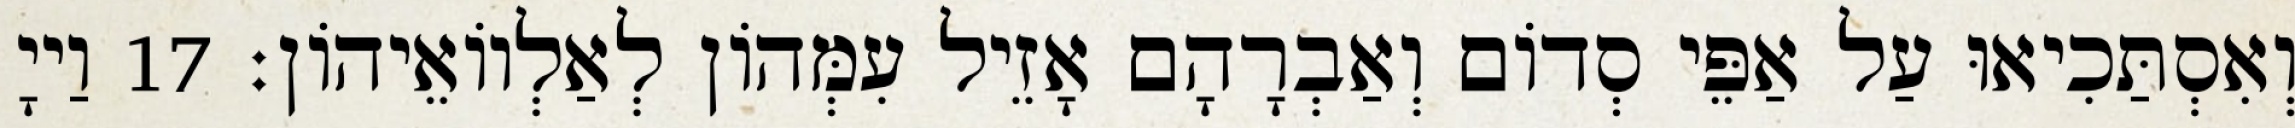
וְאִסְתַּכִיאוּ עַל אַפֵּי סְדוֹם וְאַבְרָהָם אָזֵיל עִמְּהוֹן לְאַלְווֹאֵיהוֹן׃ 17 וַייָ